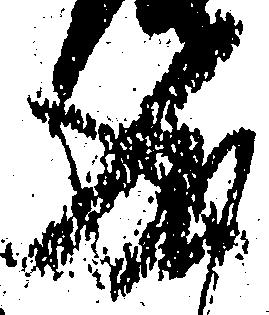
成